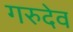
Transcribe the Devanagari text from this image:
गरुदेव